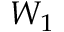
W _ { 1 }